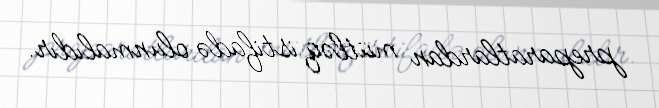
preparatlardan mütləq istifadə olunmalıdır.